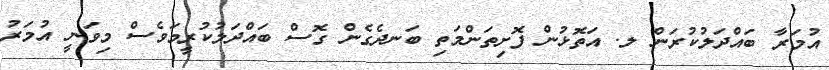
އުމަރާ ބައްދަލުކުރަން ލ. އަތޮޅުން ފޮށިތަންމަތި ބަނދެގެން ގޮސް ބައްދަލުކުރީމަވެސް މިވަނީ އުމަރު